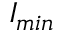
I _ { m i n }